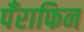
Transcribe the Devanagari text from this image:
पँराफिन